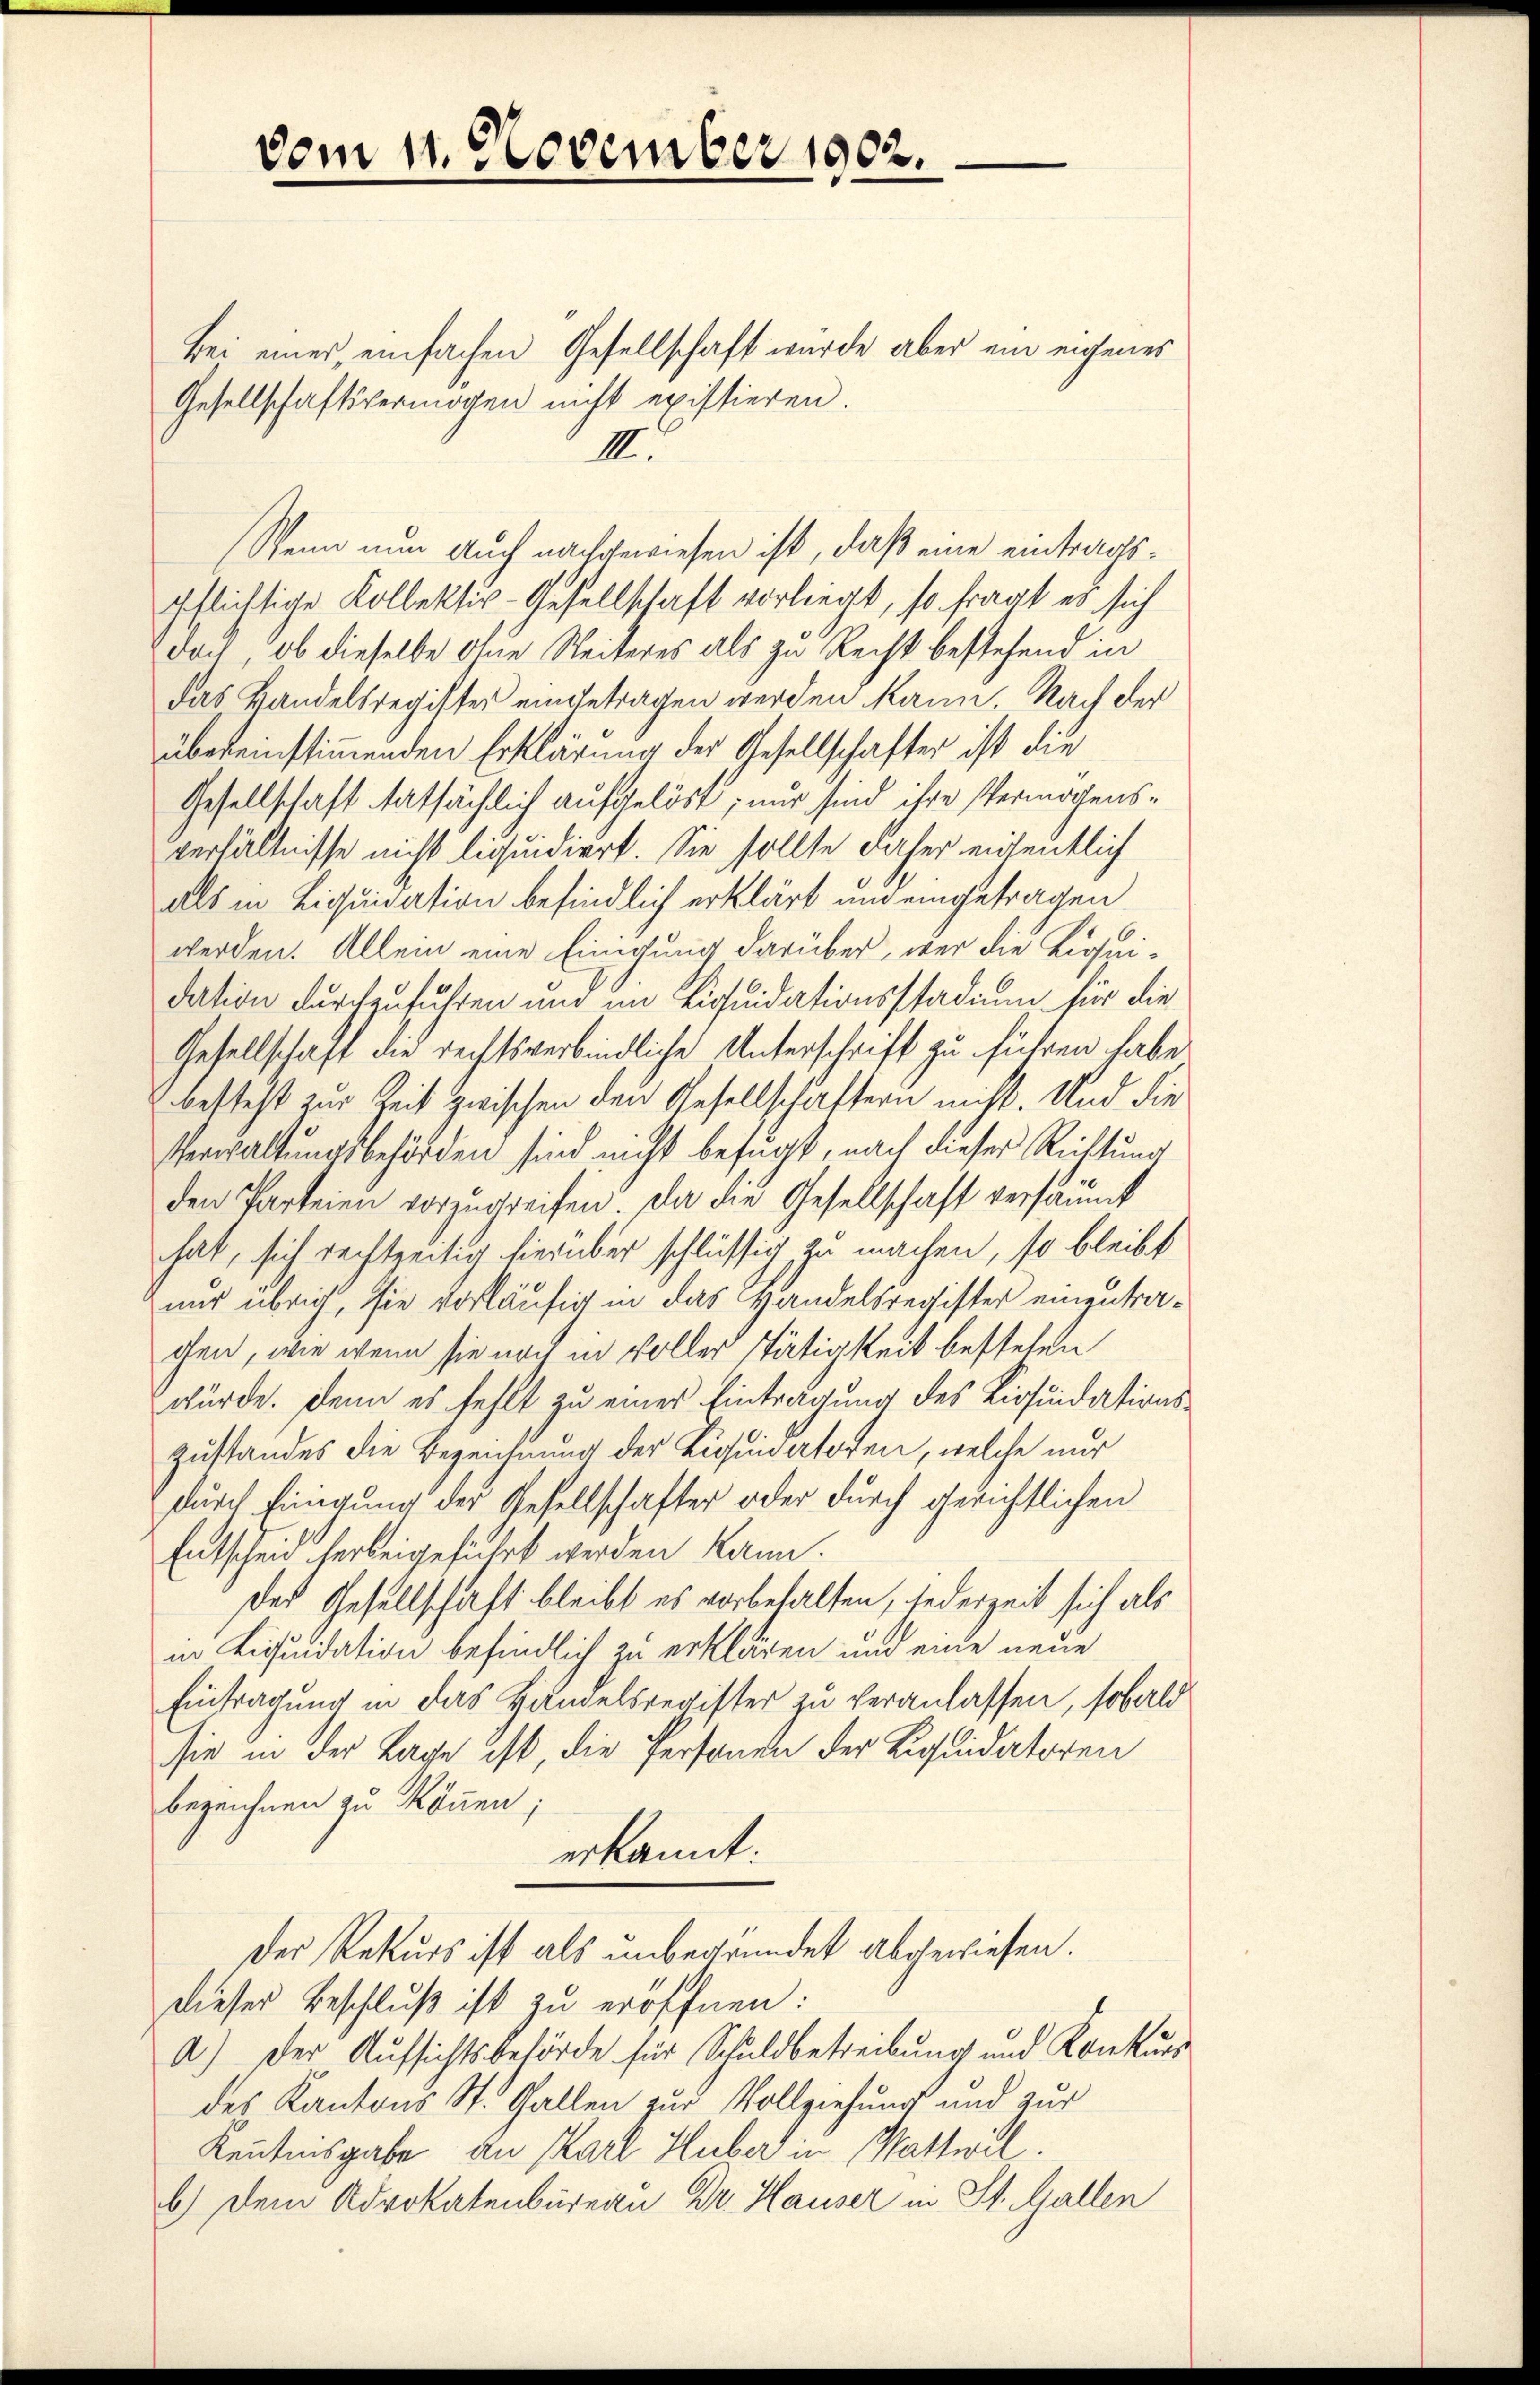
vom 11. November 1902.

Bei einer, einfachen Gesellschaft wurde aber ein eigenes
Gesellschaftsvermögen nicht existieren.
III.
Wenn nun auch nachgewiesen ist, daß eine eintragsgeflichtige Kollektiv-Gesellschaft vorliegt, so fragt es sich
doch, ob dieselbe ohne Weiteres als zu Recht bestehend in
das Handelsregister eingetragen werden kann. Nach der
übereinstimmenden Erklärung der Gesellschafter ist die
Gesellschaft tatsächlich aufgelöst, nur sind ihre Vermögensverhältnisse nicht liquidiert. Sie sollte daher eigentlich
als in Liquidation befindlich erklärt und eingetragen
werden. Allein eine Einigung darüber, wer die Liquidation durchzuführen und im Liquidationsstadium für die
Gesellschaft die rechtsverbindliche Unterschrift zu führen habe.
besteht zur Zeit zwischen den Gesellschaftern nicht. Und die
Verwaltungsbehörden sind nicht befugt, nach dieser Richtung
den Parteien vorzugreifen, da die Gesellschaft versäumt
hat, sich rechtzeitig hierüber schlüssig zu machen, so bleibt
nur übrig, sie vorläufig in das Handelsregister einzutrachen, wie wenn sie noch in voller stätigkeit bestehen
würde. Denn es fehlt zu einer Eintragung des Liquidations¬
Zustandes die Bezeichnung der Liquidatoren, welche nur
durch Einigung der Gesellschafter oder durch gerichtlichen
Entscheid herbeigeführt werden kann.
Der Gesellschaft bleibt es vorbehalten, jederzeit sich als
in Liquidation befindlich zu erklären und eine neue
Eintragung in das Handelsregister zu veranlassen, sobald
sie in der Lage ist, die Personen der Liquidatoren
bezeichnen zu können;
erkannt:
Der Rekurs ist als unbegründet abgewiesen.
dieser Beschluß ist zu eröffnen:
A.) Der Aufsichtsbehörde für Schuldbetreibung und Konkurs
des Kantons St. Gallen zur Vollziehung und zur
Kenntnisgabe an Karl Huber in Wattwil.
b.) Dem Advokatenbüreau Dr. Hauser in St. Gallen